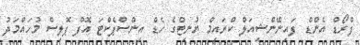
ފްރޯޑް އެންޑް ފައިނޭންޝިއަލް ކްރައިމް ޔުނިޓްގެ ހެޑް އިންސްޕެކްޓަ އޮފް ޕޮލިސް މުހައްމަދު